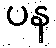
ပန